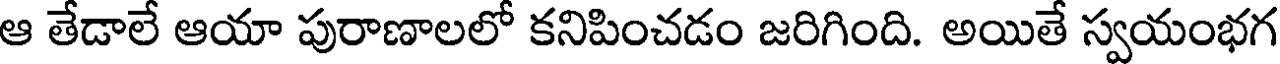
ఆ తేడాలే ఆయా పురాణాలలో కనిపించడం జరిగింది. అయితే స్వయంభగ